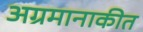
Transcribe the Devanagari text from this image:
अग्रमानाकीत